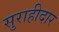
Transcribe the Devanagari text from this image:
सुराहीदार